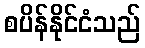
စပိန်နိုင်ငံသည်